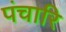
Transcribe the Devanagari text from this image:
पंचारि